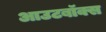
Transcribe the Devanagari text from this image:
आउटबॉक्स